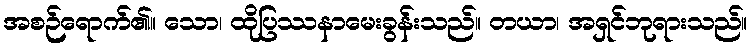
အစဉ်ရောက်၏။ သော၊ ထိုပြဿနာမေးခွန်းသည်။ တယာ၊ အရှင်ဘုရားသည်။